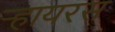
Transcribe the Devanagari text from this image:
ऱ्हायरस